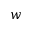
w